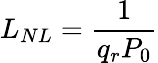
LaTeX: L_{NL}=\frac{1}{q_{r}P_{0}}